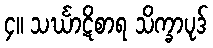
၄။ သင်္ဃာဋိစာရ သိက္ခာပုဒ်